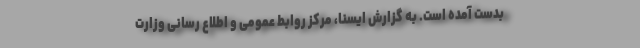
بدست آمده است. به گزارش ایسنا، مرکز روابط عمومی و اطلاع رسانی وزارت